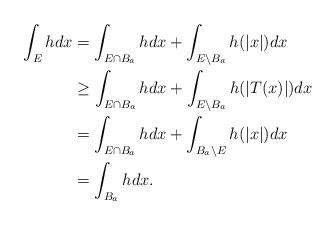
LaTeX: \begin{align*}\int_E h dx &= \int_{E \cap B_a} h dx + \int_{E \setminus B_a} h(|x|)dx\\&\ge \int_{E \cap B_a} h dx +\int_{E \setminus B_a} h(|T(x)|)dx\\&= \int_{E \cap B_a} h dx+\int_{B_a \setminus E} h(|x|)dx\\&=\int_{B_a} h dx.\end{align*}